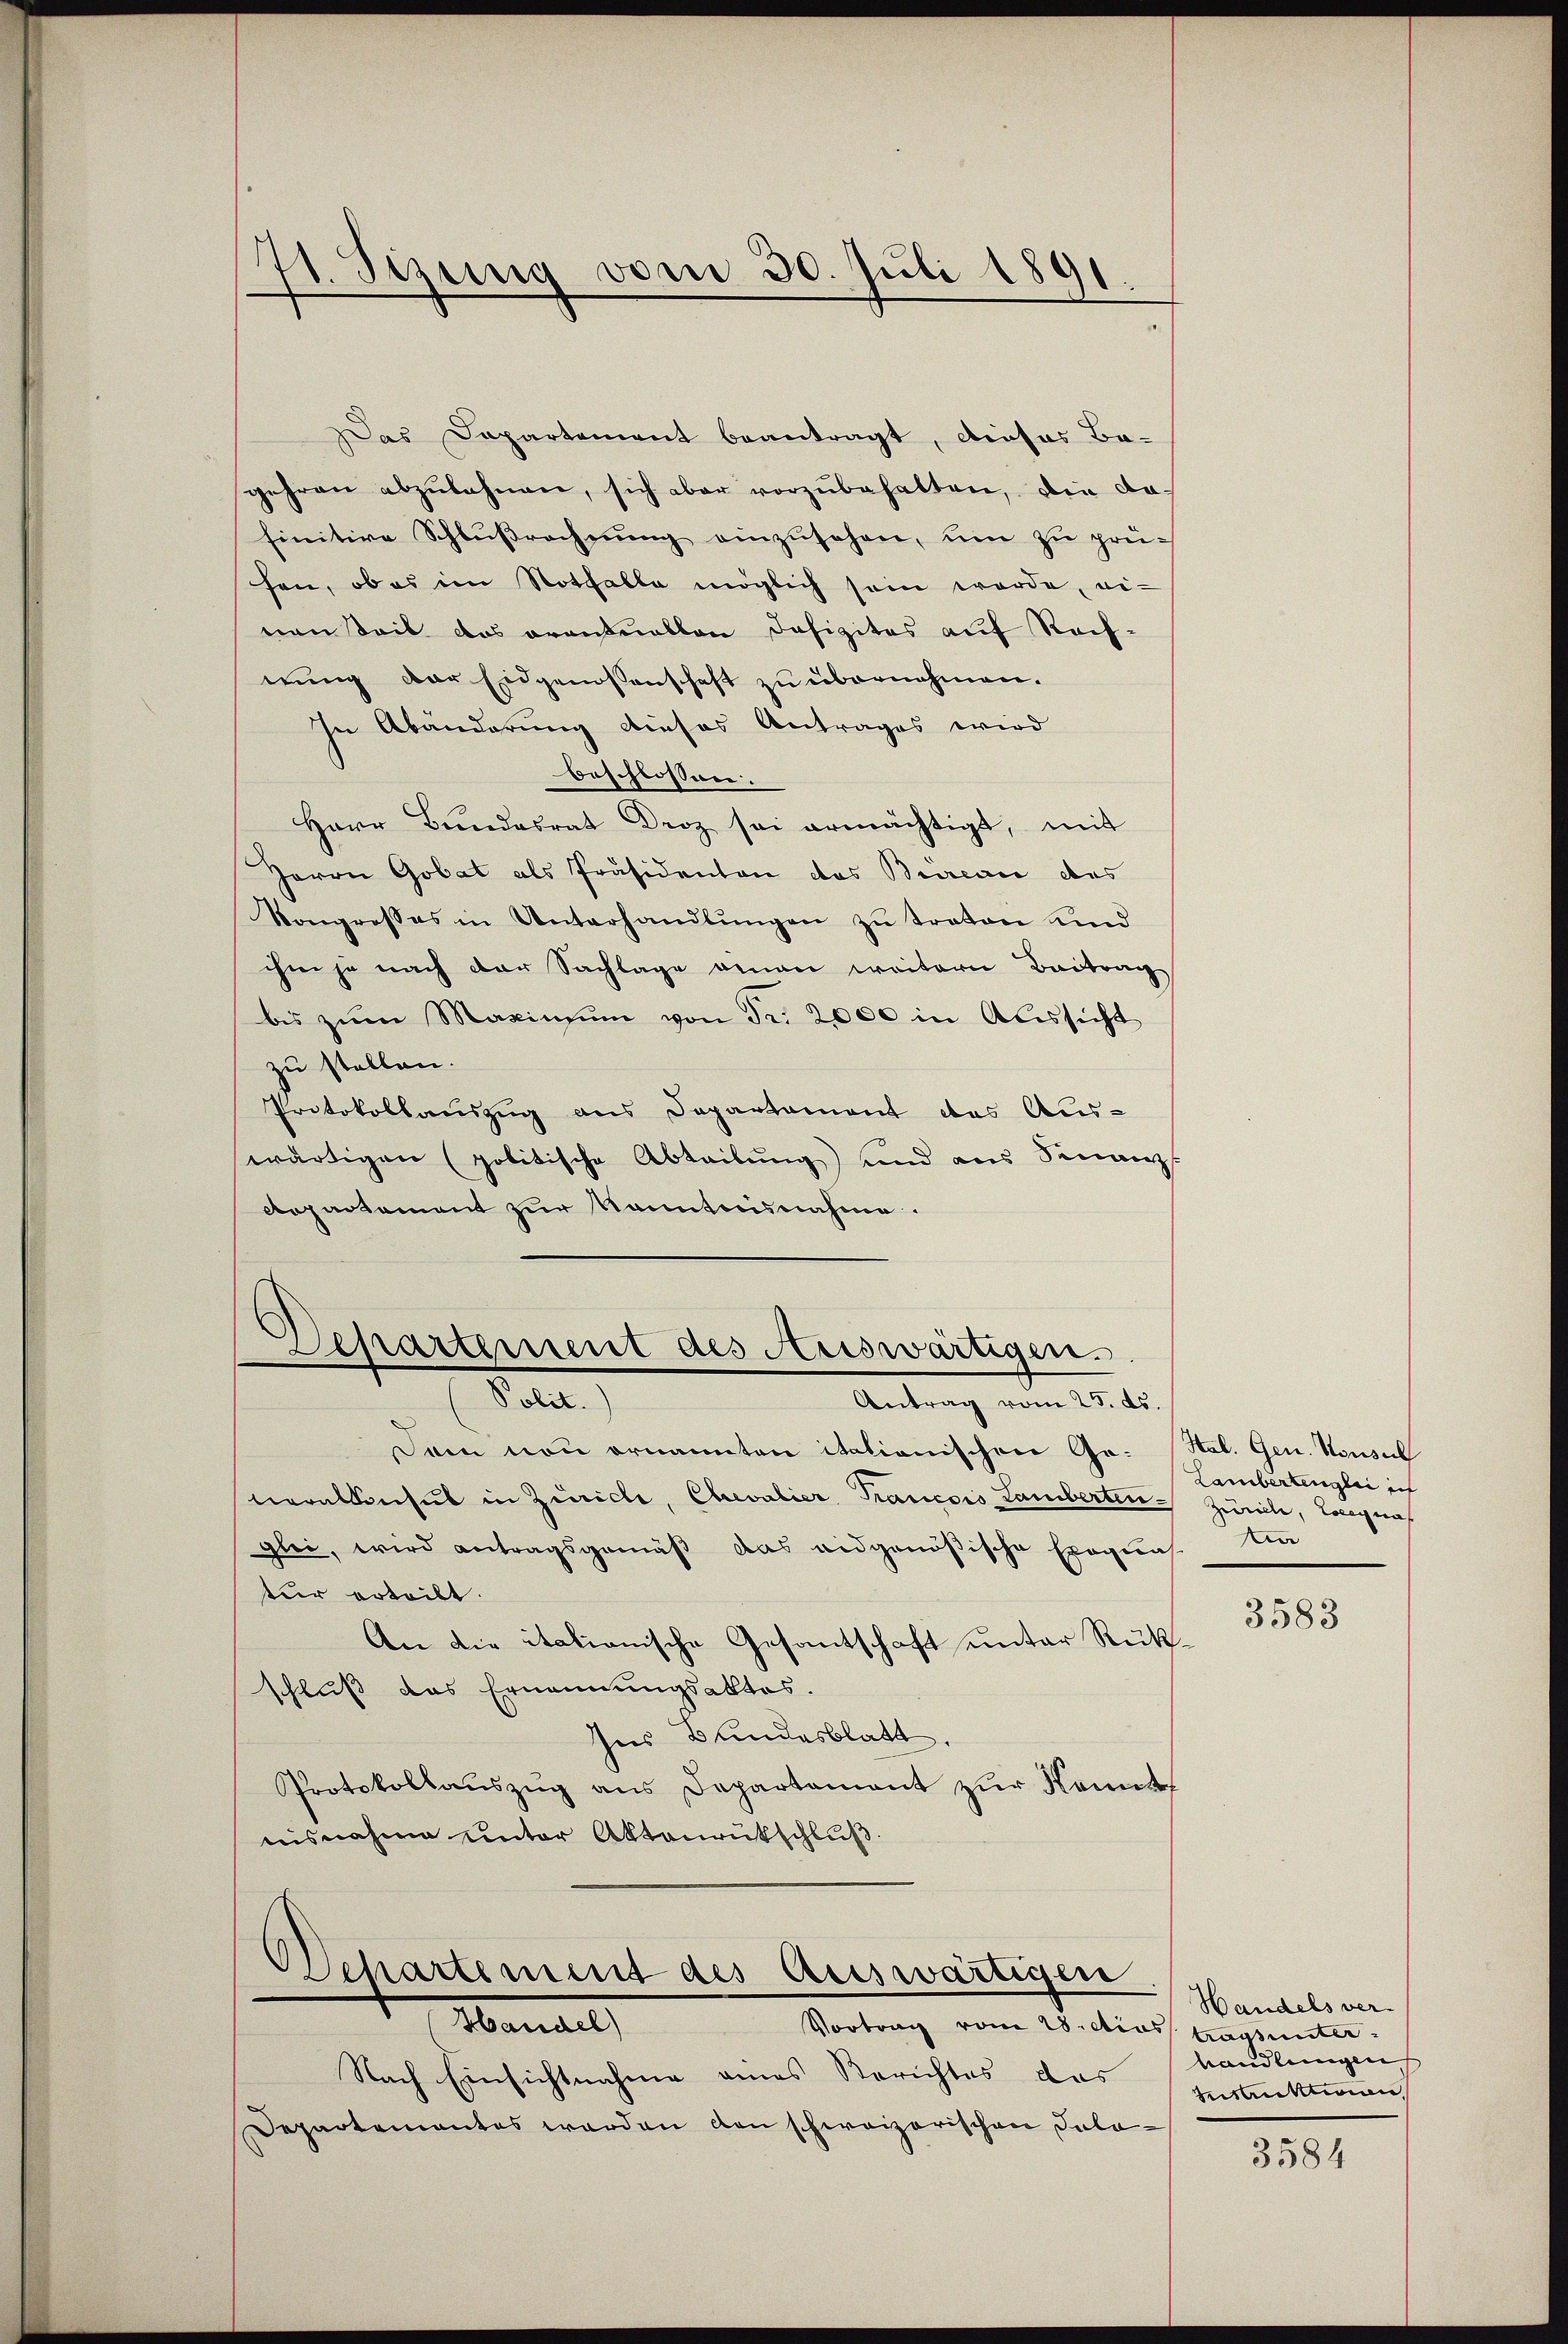
71. Sizung vom 30. Juli 1891.

Das Departement beantragt, dieses Be-
gehren abzŭlahnen, sich aber vorzŭbehalten, die dafinitive Schlußrecherung einzusehen, um zu prühen, ob es im Notfalle möglich sein werde, ei-
nen Seit das orantuallen Defizites auf Rechnung der Eidgenossenschaft zu übernehmen.
In Abänderung dieses Antrages wird
beschlossen:
Herr Bundesrat Droz sei ermächtigt, mit
Herrn Gobat als Präsidenten das Bürence des
Vongresses in Unterhandlŭngen zŭ traten und
ihm je nach der Sachlage genau weitern Beitrag
bis zŭm Maximŭm von Fr. 2000 in Aussicht
zu stellen.
Protokollauszug aus Departament des Aus-
wärtigen (politische Abtribung) und aus Finanz-
Repartement zur Kenntnisnahme.

Separtement des Auswärtigen.
Polit.
Antrag vom 25. ds.

Dein nou ornannten italionischen Go. (Hal. Gen. Konsul
neralkonsul in Zürich, Chevalier Trancois Lamberten Zürich, Langna
glei, wird antragsgemäß das eidgenößische Exequas
tur erteilt.
An die italionische Gesantschaft unter Rükschluß das Ernennungsaktes.
Ins Bundesblatt.
Protokollauszug aus Departement zur Komet
nisnahme unter Aktenrütschluß.

Departement des Auswärtigen

Vortrag vom 28. dies
Handel,
Nach Einsichtnahme eines Berichtes das
Departementes werden den schweizerischen Salo¬

Lambertenglei ich
Auer

3583

Handels ver-
tragsunter.
handlungen
Instruktion

3584